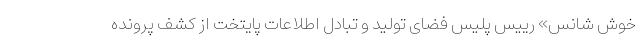
خوش شانس» رییس پلیس فضای تولید و تبادل اطلاعات پایتخت از کشف پرونده